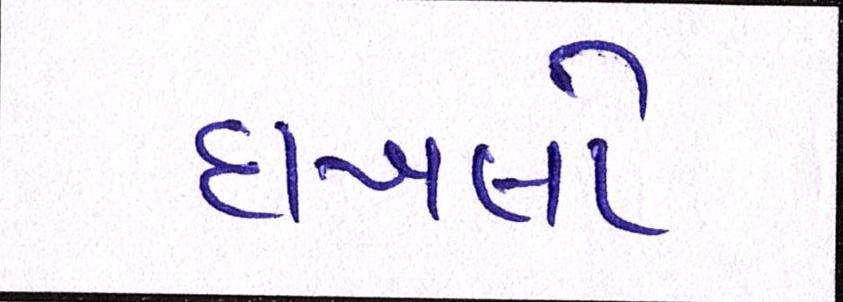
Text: દાખલો